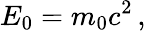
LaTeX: E_{0}=m_{0}c^{2}\, ,